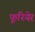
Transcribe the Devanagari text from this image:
फूरियेर